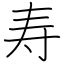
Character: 寿